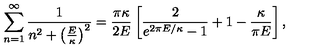
\sum _ { n = 1 } ^ { \infty } { \frac { 1 } { n ^ { 2 } + \left( { \frac { E } { \kappa } } \right) ^ { 2 } } } = { \frac { \pi \kappa } { 2 E } } \left[ { \frac { 2 } { e ^ { 2 \pi E / \kappa } - 1 } } + 1 - { \frac { \kappa } { \pi E } } \right] ,